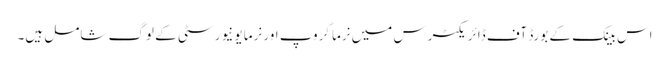
اس بینک کے بورڈ آف ڈائریکٹرس میں نرما گروپ اور نرما یونیورسٹی کے لوگ شامل ہیں۔